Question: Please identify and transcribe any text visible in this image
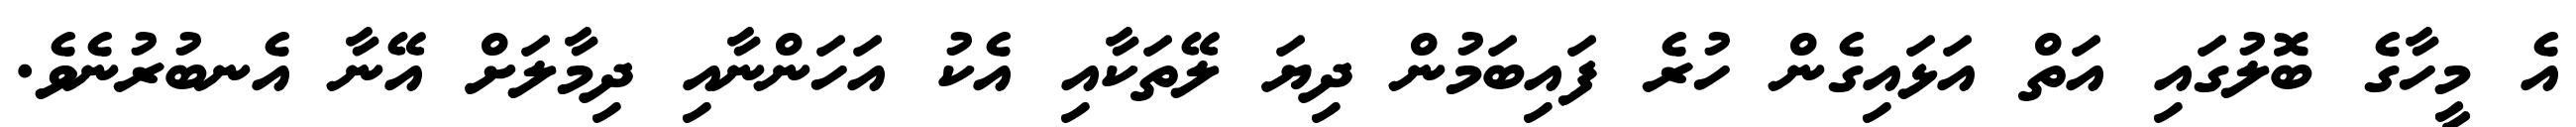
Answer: އެ މީހާގެ ބޮލުގައި އަތް އަޅައިގެން ހުރެ ފައިބަމުން ދިޔަ ލޭތަކާއި އެކު އަހަންނާއި ދިމާލަށް އޭނާ އެނބުރުނެވެ.